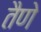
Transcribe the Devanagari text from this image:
तैणे